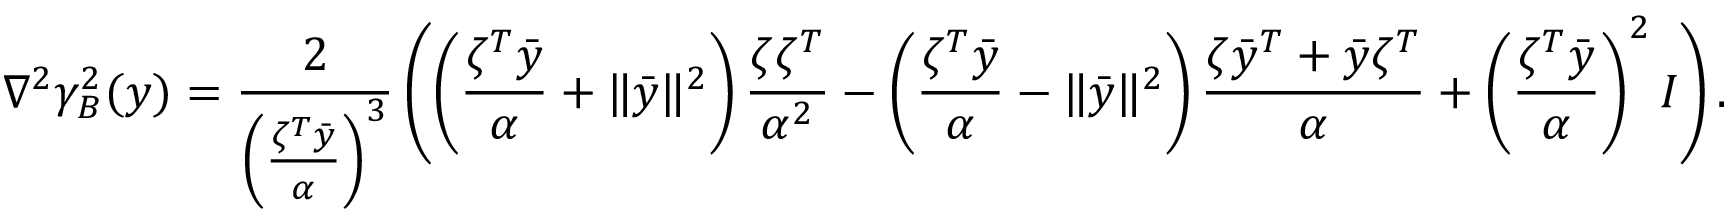
\nabla ^ { 2 } \gamma _ { B } ^ { 2 } ( y ) = \frac { 2 } { \left( \frac { \zeta ^ { T } \bar { y } } { \alpha } \right) ^ { 3 } } \left( \left( \frac { \zeta ^ { T } \bar { y } } { \alpha } + \| \bar { y } \| ^ { 2 } \right) \frac { \zeta \zeta ^ { T } } { \alpha ^ { 2 } } - \left( \frac { \zeta ^ { T } \bar { y } } { \alpha } - \| \bar { y } \| ^ { 2 } \right) \frac { \zeta \bar { y } ^ { T } + \bar { y } \zeta ^ { T } } { \alpha } + \left( \frac { \zeta ^ { T } \bar { y } } { \alpha } \right) ^ { 2 } I \right) .